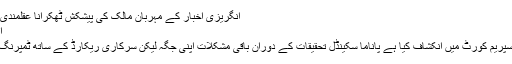
انگریزی اخبار کے مہربان مالک کی پیشکش ٹھکرانا عقلمندی تھی مزید پڑھیں
ایک دن کا سورج
جے آئی ٹی نے سپریم کورٹ میں انکشاف کیا ہے پاناما سکینڈل تحقیقات کے دوران باقی مشکلات اپنی جگہ لیکن سرکاری ریکارڈ کے ساتھ ٹمپرنگ کی جا رہی ہے۔